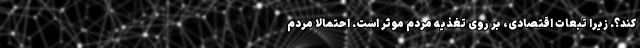
‌کند؟. زیرا تبعات اقتصادی، بر روی تغذیه مردم موثر است. احتمالا مردم